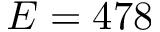
E = 4 7 8